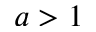
a > 1